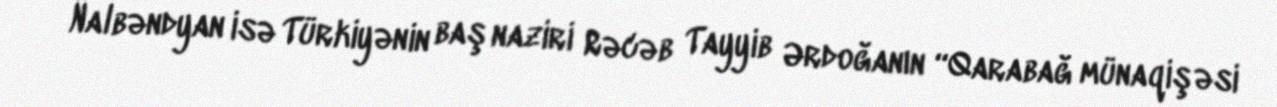
Nalbəndyan isə Türkiyənin baş naziri Rəcəb Tayyib Ərdoğanın “Qarabağ münaqişəsi